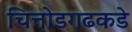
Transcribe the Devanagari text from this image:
चित्तोडगढकडे